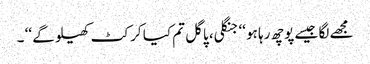
مجھے لگا جیسے پوچھ رہا ہو ‘‘ جنگلی، پاگل تم کیا کرکٹ کھیلو گے ‘‘ ۔